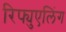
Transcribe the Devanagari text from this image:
रिफ्युएलिंग